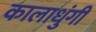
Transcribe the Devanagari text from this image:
कालाधुंगी